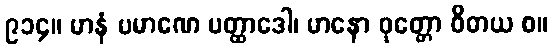
၉၁၄။ မာနံ ပမာဏေ ပတ္ထာဒေါ၊ မာနော ဝုတ္တော ဝိဓာယ စ။